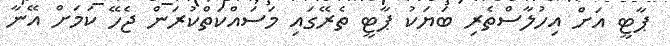
ޕާޓީ އަށް އިހުލާސްތެރި ބަޔަކު ޕާޓީ ތެރޭގައި މަސައްކަތްކުރަން ޖެހޭ ކަމަށް އޭނާ